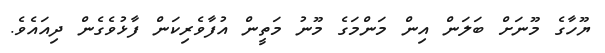
ޔޫހާގެ މޫނަށް ބަލަން އިން މަންމަގެ މޫނު މަތީން އުފާވެރިކަން ފާޅުވެގެން ދިއައެވެ.